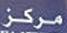
مركز